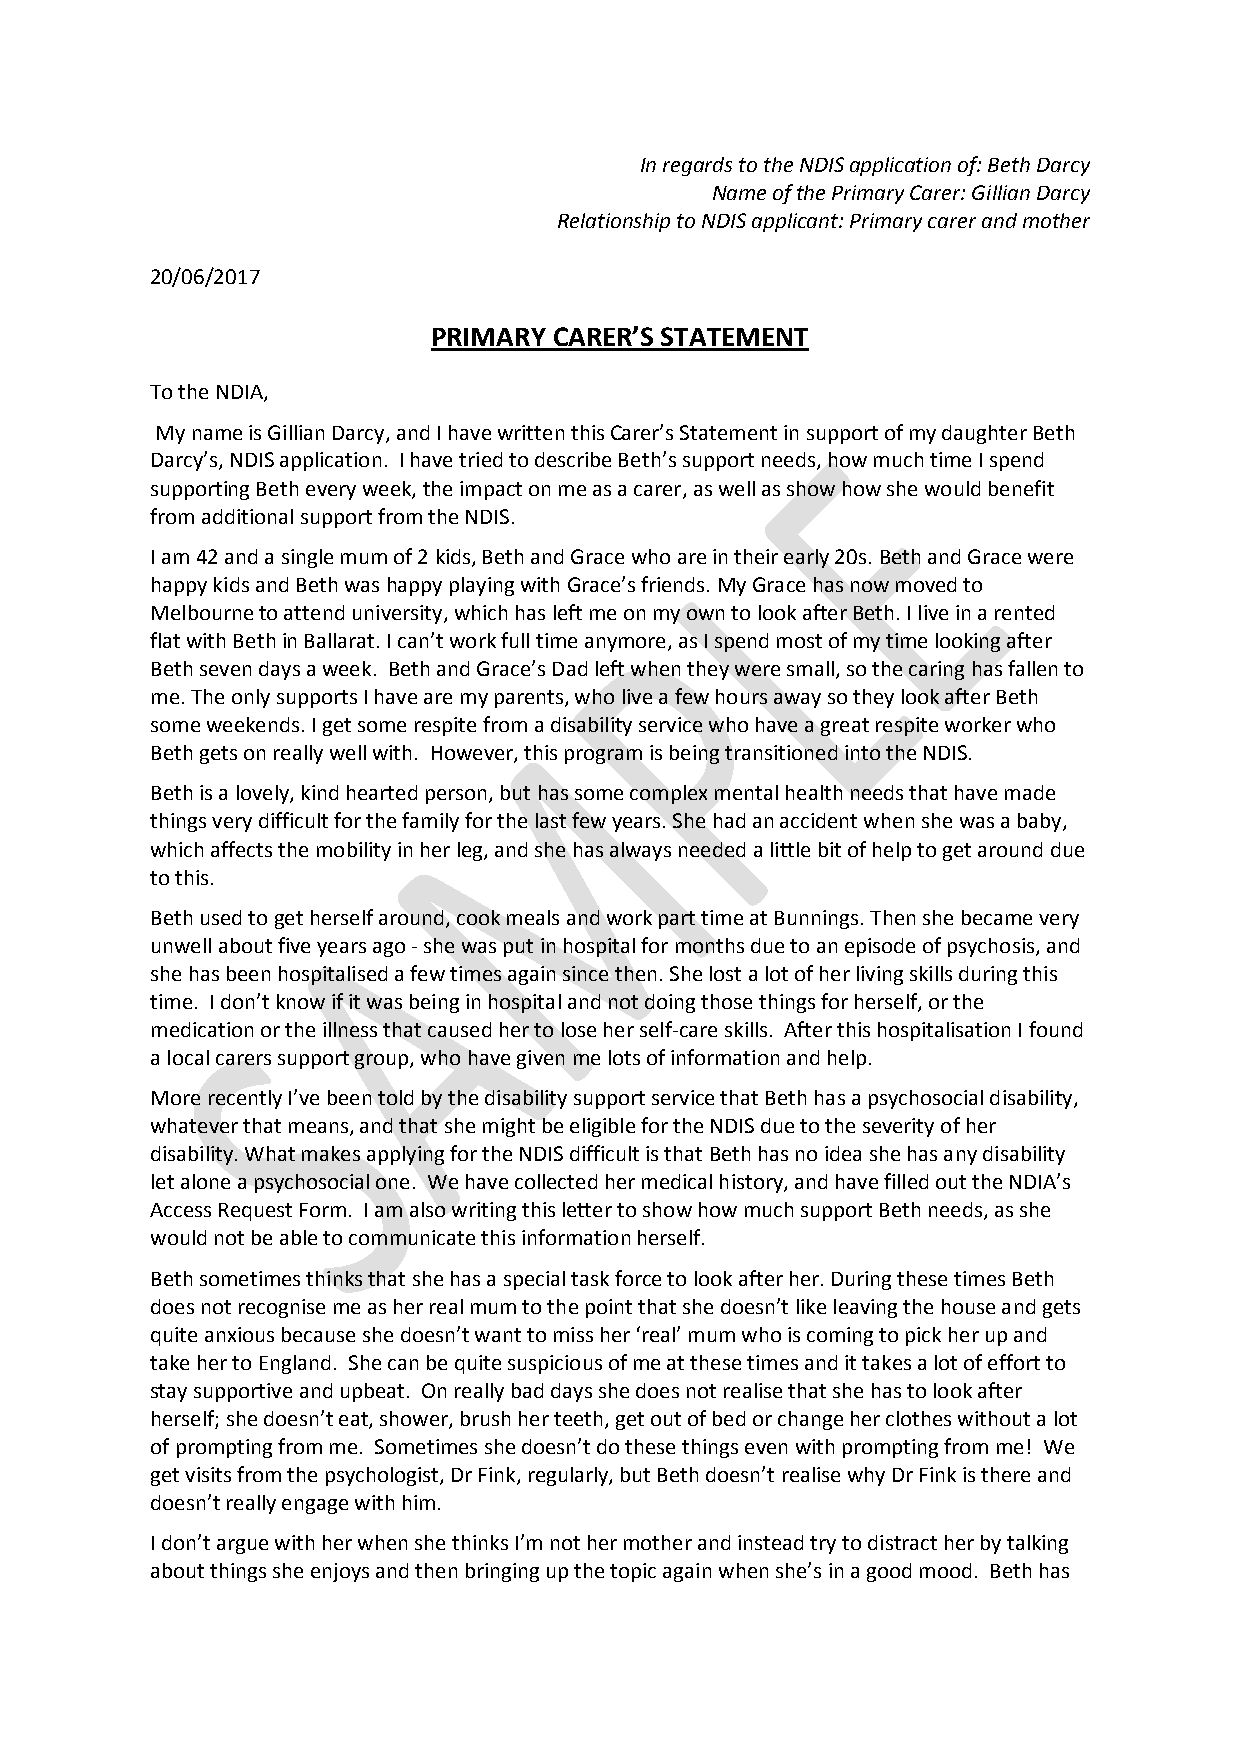
In regards to the NDIS application of: Beth Darcy
 Name of the Primary Carer: Gillian Darcy
 Relationship to NDIS applicant: Primary carer and mother
 20/06/2017
 PRIMARY CARER’S STATEMENT
 To the NDIA,
 My name is Gillian Darcy, and I have written this Carer’s Statement in support of my daughter Beth
 Darcy’s, NDIS application. I have tried to describe Beth’s support needs, how much time I spend
 supporting Beth every week, the impact on me as a carer, as well as show how she would benefit
 from additional support from the NDIS.
 I am 42 and a single mum of 2 kids, Beth and Grace who are in their early 20s. Beth and Grace were
 happy kids and Beth was happy playing with Grace’s friends. My Grace has now moved to
 Melbourne to attend university, which has left me on my own to look after Beth. I live in a rented
 flat with Beth in Ballarat. I can’t work full time anymore, as I spend most of my time looking after
 Beth seven days a week. Beth and Grace’s Dad left when they were small, so the caring has fallen to
 me. The only supports I have are my parents, who live a few hours away so they look after Beth
 some weekends. I get some respite from a disability service who have a great respite worker who
 Beth gets on really well with. However, this program is being transitioned into the NDIS.
 Beth is a lovely, kind hearted person, but has some complex mental health needs that have made
 things very difficult for the family for the last few years. She had an accident when she was a baby,
 which affects the mobility in her leg, and she has always needed a little bit of help to get around due
 to this.
 Beth used to get herself around, cook meals and work part time at Bunnings. Then she became very
 unwell about five years ago - she was put in hospital for months due to an episode of psychosis, and
 she has been hospitalised a few times again since then. She lost a lot of her living skills during this
 time. I don’t know if it was being in hospital and not doing those things for herself, or the
 medication or the illness that caused her to lose her self-care skills. After this hospitalisation I found
 a local carers support group, who have given me lots of information and help.
 More recently I’ve been told by the disability support service that Beth has a psychosocial disability,
 whatever that means, and that she might be eligible for the NDIS due to the severity of her
 disability. What makes applying for the NDIS difficult is that Beth has no idea she has any disability
 let alone a psychosocial one. We have collected her medical history, and have filled out the NDIA’s
 Access Request Form. I am also writing this letter to show how much support Beth needs, as she
 would not be able to communicate this information herself.
 Beth sometimes thinks that she has a special task force to look after her. During these times Beth
 does not recognise me as her real mum to the point that she doesn’t like leaving the house and gets
 quite anxious because she doesn’t want to miss her ‘real’ mum who is coming to pick her up and
 take her to England. She can be quite suspicious of me at these times and it takes a lot of effort to
 stay supportive and upbeat. On really bad days she does not realise that she has to look after
 herself; she doesn’t eat, shower, brush her teeth, get out of bed or change her clothes without a lot
 of prompting from me. Sometimes she doesn’t do these things even with prompting from me! We
 get visits from the psychologist, Dr Fink, regularly, but Beth doesn’t realise why Dr Fink is there and
 doesn’t really engage with him.
 I don’t argue with her when she thinks I’m not her mother and instead try to distract her by talking
 about things she enjoys and then bringing up the topic again when she’s in a good mood. Beth has